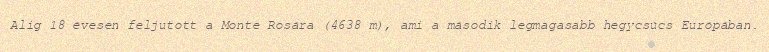
Alig 18 évesen feljutott a Monte Rosára (4638 m), ami a második legmagasabb hegycsúcs Európában.